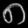
Digit: ၈